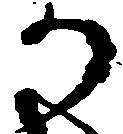
か